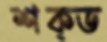
শক্ড